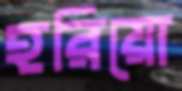
হরিয়ো